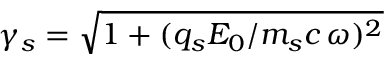
\gamma _ { s } = \sqrt { 1 + ( q _ { s } E _ { 0 } / m _ { s } c \, \omega ) ^ { 2 } }